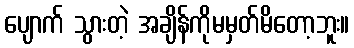
ပျောက် သွားတဲ့ အချိန်ကိုမမှတ်မိတော့ဘူး။